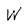
Character: W